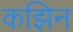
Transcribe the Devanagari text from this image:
कझिन